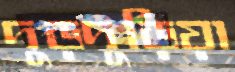
দুড়দুড়িয়া